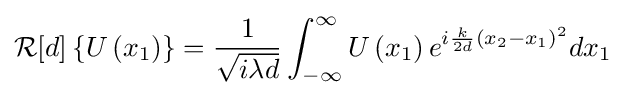
{\mathcal {R}}[d]\left\{U\left(x_{1}\right)\right\}={\frac {1}{\sqrt {i\lambda d}}}\int _{-\infty }^{\infty }U\left(x_{1}\right)e^{i{\frac {k}{2d}}\left(x_{2}-x_{1}\right)^{2}}dx_{1}